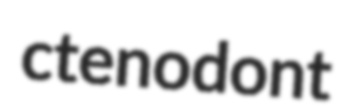
ctenodont